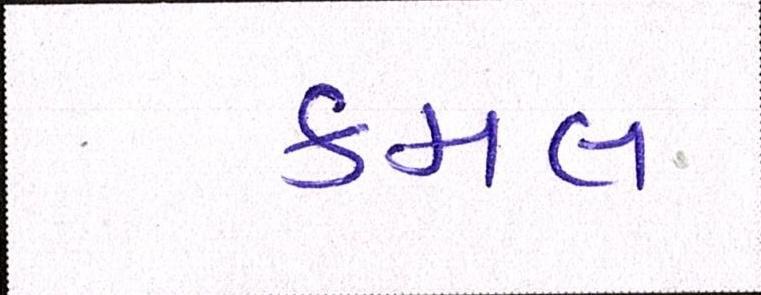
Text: કમલ